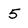
Character: 5